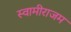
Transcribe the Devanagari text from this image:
स्वामीराजम